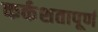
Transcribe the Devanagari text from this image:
कर्कशतापूर्ण